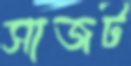
সাজট